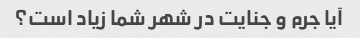
آیا جرم و جنایت در شهر شما زیاد است؟